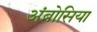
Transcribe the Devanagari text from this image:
अंब्रोसिया